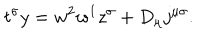
t ^ { \sigma } y = w ^ { 2 } w ^ { 1 } z ^ { \sigma } + D _ { \mu } j ^ { \mu \sigma } .